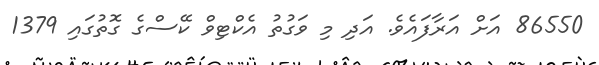
86550 އަށް އަރާފައެވެ. އަދި މި ވަގުތު އެކްޓިވް ކޭސްގެ ގޮތުގައި 1379